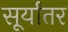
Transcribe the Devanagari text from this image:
सूर्यांतर